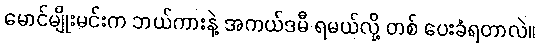
မောင်မျိုးမင်းက ဘယ်ကားနဲ့ အကယ်ဒမီ ရမယ်လို့ တစ် ပေးခံရတာလဲ။